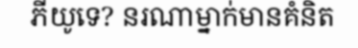
ភីយូទេ? នរណាម្នាក់មានគំនិត